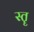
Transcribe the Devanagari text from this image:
स्‍तॄ